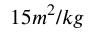
1 5 m ^ { 2 } / k g